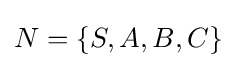
N=\{S,A,B,C\}